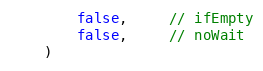
Language: Go
		false,     // ifEmpty
		false,     // noWait
	)